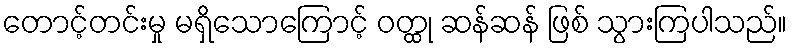
တောင့်တင်းမှု မရှိသောကြောင့် ဝတ္ထု ဆန်ဆန် ဖြစ် သွားကြပါသည်။